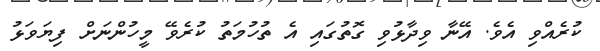
ކުރެއްވި އެވެ. އޭނާ ވިދާޅުވި ގޮތުގައި އެ ތުހުމަތު ކުރެވޭ މީހުންނަށް ފިޔަވަޅު